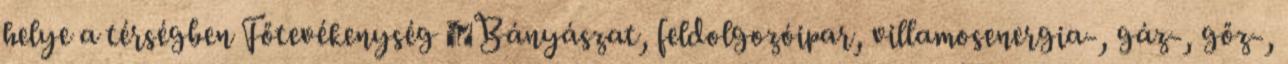
helye a térségben Főtevékenység ▪Bányászat, feldolgozóipar, villamosenergia-, gáz-, gőz-,